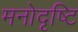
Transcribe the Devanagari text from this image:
मनोदृष्टि